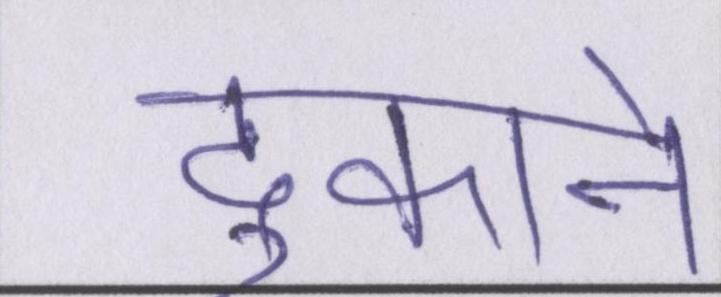
दुकाने